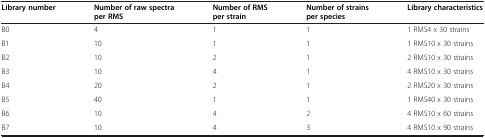
| Library number | Number of raw spectra per RMS | Number of RMS per strain | Number of strains per species | Library characteristics |
 | --- | --- | --- | --- | --- |
 | B0 | 4 | 1 | 1 | 1 RMS4 x 30 strains |
 | B1 | 10 | 1 | 1 | 1 RMS10 x 30 strains |
 | B2 | 10 | 2 | 1 | 2 RMS10 x 30 strains |
 | B3 | 10 | 4 | 1 | 4 RMS10 x 30 strains |
 | B4 | 20 | 2 | 1 | 2 RMS20 x 30 strains |
 | B5 | 40 | 1 | 1 | 1 RMS40 x 30 strains |
 | B6 | 10 | 4 | 2 | 4 RMS10 x 60 strains |
 | B7 | 10 | 4 | 3 | 4 RMS10 x 90 strains |